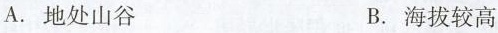
A.地处山谷 B.海拔较高